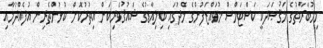
މިމުބާރާތުގެ މަޤުޞަދަކީ ކަސްޓަމްސް މުވައްޒަފުންގެ މެދުގައި ބިލިއާޑުގެ ޝައުޤުވެރިކަން އިތުރުކޮށް ކުޅުންތެރިން އުފެއްދުމާއި